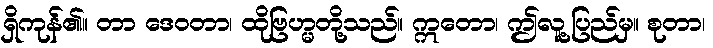
ရှိကုန်၏။ တာ ဒေဝတာ၊ ထိုဗြဟ္မတို့သည်။ ဣတော၊ ဤလူ့ပြည်မှ။ စုတာ၊